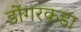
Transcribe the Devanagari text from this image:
डोंगरकडा